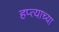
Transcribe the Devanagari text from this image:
हप्‍त्याच्या